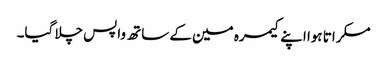
مسکراتا ہوا اپنے کیمرہ مین کے ساتھ واپس چلا گیا۔